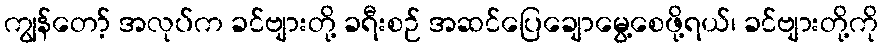
ကျွန်တော့် အလုပ်က ခင်ဗျားတို့ ခရီးစဉ် အဆင်ပြေချောမွေ့စေဖို့ရယ်၊ ခင်ဗျားတို့ကို